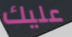
عليك